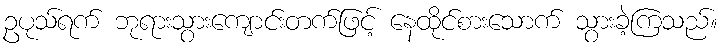
ဥပုသ်ရက် ဘုရားသွားကျောင်းတက်ဖြင့် နေထိုင်စားသောက် သွားခဲ့ကြသည်။